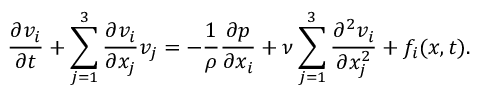
{ \frac { \partial v _ { i } } { \partial t } } + \sum _ { j = 1 } ^ { 3 } { \frac { \partial v _ { i } } { \partial x _ { j } } } v _ { j } = - { \frac { 1 } { \rho } } { \frac { \partial p } { \partial x _ { i } } } + \nu \sum _ { j = 1 } ^ { 3 } { \frac { \partial ^ { 2 } v _ { i } } { \partial x _ { j } ^ { 2 } } } + f _ { i } ( { \boldsymbol { x } } , t ) .